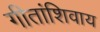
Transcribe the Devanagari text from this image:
गीतांशिवाय